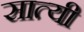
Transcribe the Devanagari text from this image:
सात्यी